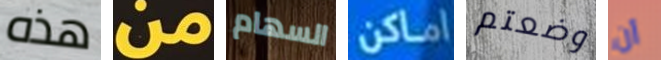
هذه من السهام اماكن وضعتم أن